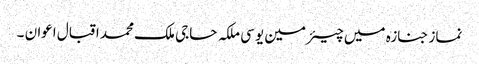
نماز جنازہ میں چیئرمین یو سی ملکہ حاجی ملک محمد اقبال اعوان ۔